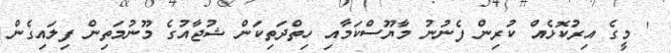
' މީގެ އިރުކޮޅެއް ކުރިން ފެނުނު މާޔޫސްކަމާއި ހިތްދަތިކަން ޝުޖާއުގެ މޫނުމަތިން ފިލައިގެން